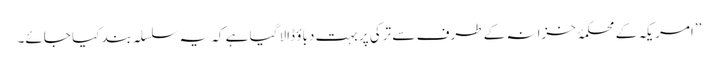
’’امریکہ کے محکمۂ خزانہ کے طرف سے ترکی پر بہت دباؤ ڈالا گیا ہے کہ یہ سلسلہ بند کیا جائے۔